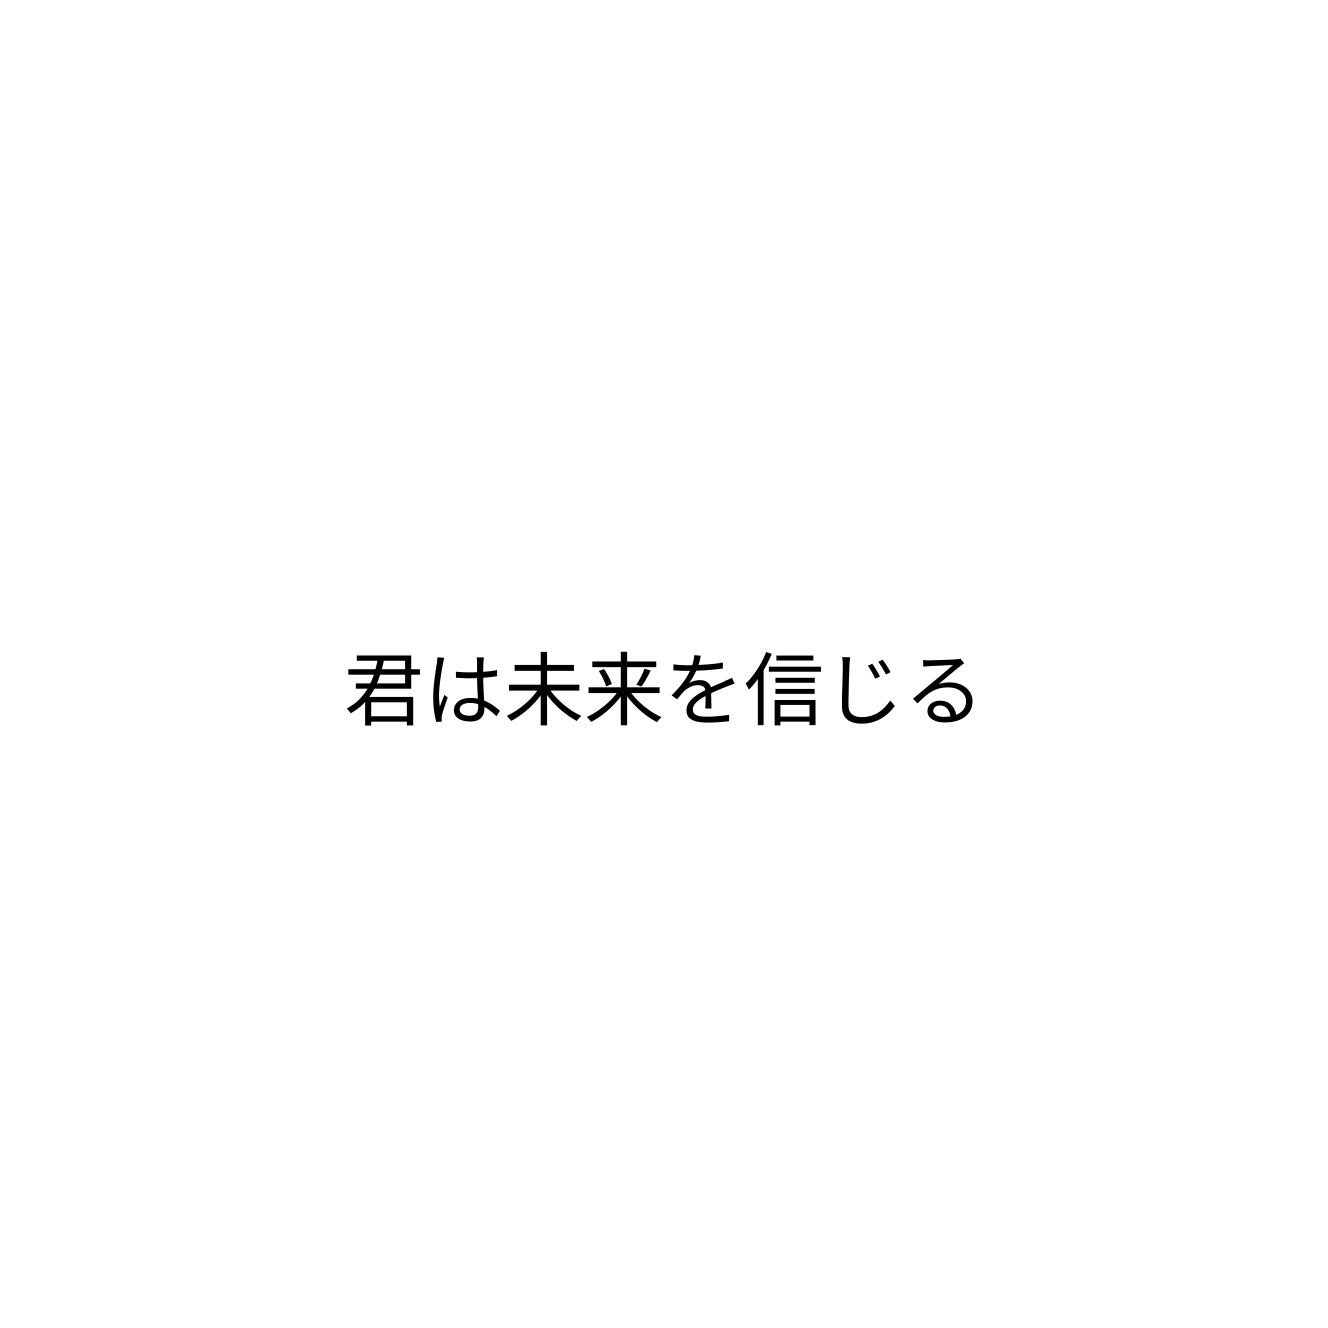
君は未来を信じる